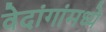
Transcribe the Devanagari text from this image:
वेदांगांमध्ये